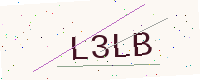
Text: L3LB